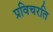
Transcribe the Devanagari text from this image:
प्रविचरति